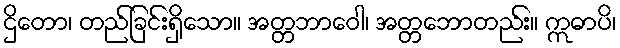
ဌိတော၊ တည်ခြင်းရှိသော။ အတ္တဘာဝေါ၊ အတ္တဘောတည်း။ ဣဓာပိ၊